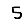
Digit: 5